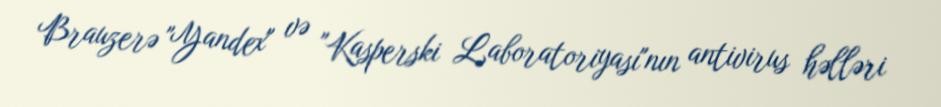
Brauzerə "Yandex" və "Kasperski Laboratoriyası"nın antivirus həlləri